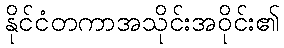
နိုင်ငံတကာအသိုင်းအဝိုင်း၏